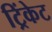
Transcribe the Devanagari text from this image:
ट्रिंकेट